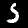
Label: 5